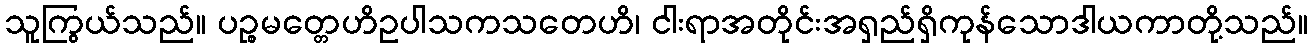
သူကြွယ်သည်။ ပဉ္စမတ္တေဟိဥပါသကသတေဟိ၊ ငါးရာအတိုင်းအရှည်ရှိကုန်သောဒါယကာတို့သည်။